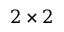
2 \times 2